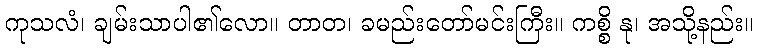
ကုသလံ၊ ချမ်းသာပါ၏လော။ တာတ၊ ခမည်းတော်မင်းကြီး။ ကစ္စိ နု၊ အသို့နည်း။